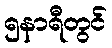
၅နာရီတွင်